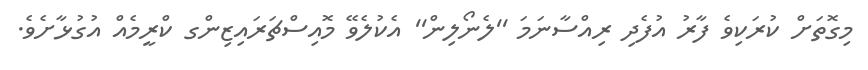
މިގޮތަށް ކުރަކިވެ ފާރު އުފެދި ރިއްސާނަމަ ''ލެނޯލިން'' އެކުލެވޭ މޮއިސްޗަރައިޒިންގ ކްރީމެއް އުގުޅާށެވެ.